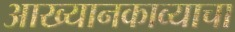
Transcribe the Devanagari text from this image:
आख्यानकाव्याचा